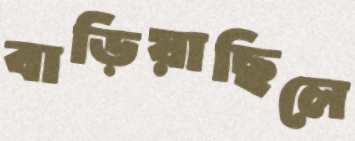
বাড়িয়াছিলে